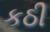
કઠી